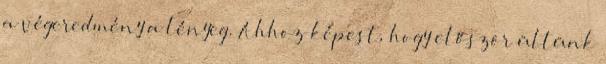
a végeredmény a lényeg. Ahhoz képest, hogy először ültünk